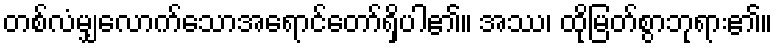
တစ်လံမျှလောက်သောအရောင်တော်ရှိပါ၏။ အဿ၊ ထိုမြတ်စွာဘုရား၏။